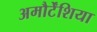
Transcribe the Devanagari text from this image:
अमौर्टेंशिया